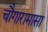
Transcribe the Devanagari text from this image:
चौगारामासा